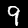
Label: 9